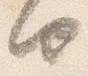
由